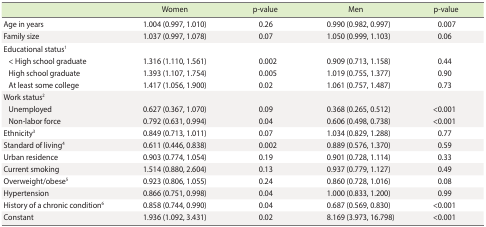
<table><thead><tr><td></td><td><b>Women</b></td><td><b>p-value</b></td><td><b>Men</b></td><td><b>p-value</b></td></tr></thead><tbody><tr><td>Age in years</td><td>1.004 (0.997, 1.010)</td><td>0.26</td><td>0.990 (0.982, 0.997)</td><td>0.007</td></tr><tr><td>Family size</td><td>1.037 (0.997, 1.078)</td><td>0.07</td><td>1.050 (0.999, 1.103)</td><td>0.06</td></tr><tr><td>Educational status<sup>1</sup></td><td></td><td></td><td></td><td></td></tr><tr><td> &lt; High school graduate</td><td>1.316 (1.110, 1.561)</td><td>0.002</td><td>0.909 (0.713, 1.158)</td><td>0.44</td></tr><tr><td> High school graduate</td><td>1.393 (1.107, 1.754)</td><td>0.005</td><td>1.019 (0.755, 1.377)</td><td>0.90</td></tr><tr><td> At least some college</td><td>1.417 (1.056, 1.900)</td><td>0.02</td><td>1.061 (0.757, 1.487)</td><td>0.73</td></tr><tr><td>Work status<sup>2</sup></td><td></td><td></td><td></td><td></td></tr><tr><td> Unemployed</td><td>0.627 (0.367, 1.070)</td><td>0.09</td><td>0.368 (0.265, 0.512)</td><td>&lt;0.001</td></tr><tr><td> Non-labor force</td><td>0.792 (0.631, 0.994)</td><td>0.04</td><td>0.606 (0.498, 0.738)</td><td>&lt;0.001</td></tr><tr><td>Ethnicity<sup>3</sup></td><td>0.849 (0.713, 1.011)</td><td>0.07</td><td>1.034 (0.829, 1.288)</td><td>0.77</td></tr><tr><td>Standard of living<sup>4</sup></td><td>0.611 (0.446, 0.838)</td><td>0.002</td><td>0.889 (0.576, 1.370)</td><td>0.59</td></tr><tr><td>Urban residence</td><td>0.903 (0.774, 1.054)</td><td>0.19</td><td>0.901 (0.728, 1.114)</td><td>0.33</td></tr><tr><td>Current smoking</td><td>1.514 (0.880, 2.604)</td><td>0.13</td><td>0.937 (0.779, 1.127)</td><td>0.49</td></tr><tr><td>Overweight/obese<sup>5</sup></td><td>0.923 (0.806, 1.055)</td><td>0.24</td><td>0.860 (0.728, 1.016)</td><td>0.08</td></tr><tr><td>Hypertension</td><td>0.866 (0.751, 0.998)</td><td>0.04</td><td>1.000 (0.833, 1.200)</td><td>0.99</td></tr><tr><td>History of a chronic condition<sup>6</sup></td><td>0.858 (0.744, 0.990)</td><td>0.04</td><td>0.687 (0.569, 0.830)</td><td>&lt;0.001</td></tr><tr><td>Constant</td><td>1.936 (1.092, 3.431)</td><td>0.02</td><td>8.169 (3.973, 16.798)</td><td>&lt;0.001</td></tr></tbody></table>